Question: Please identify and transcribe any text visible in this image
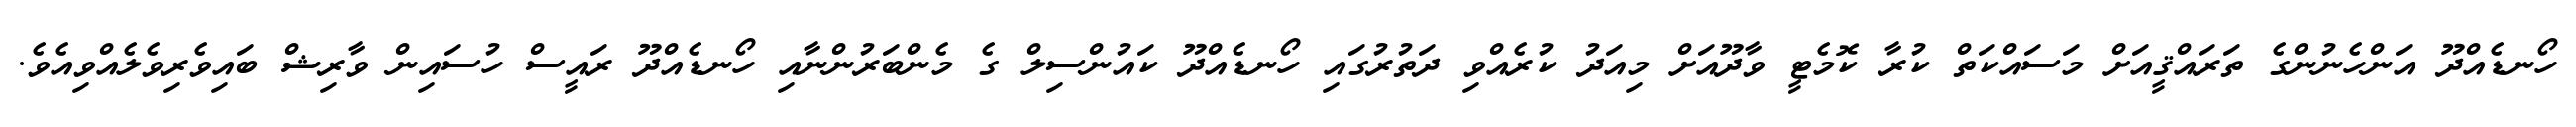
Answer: ހޯނޑެއްދޫ އަންހެނުންގެ ތަރައްޤީއަށް މަސައްކަތް ކުރާ ކޮމެޓީ ވާދޫއަށް މިއަދު ކުރެއްވި ދަތުރުގައި ހޯނޑެއްދޫ ކައުންސިލް ގެ މެންބަރުންނާއި ހޯނޑެއްދޫ ރައީސް ހުސައިން ވާރިޝް ބައިވެރިވެލެއްވިއެވެ.